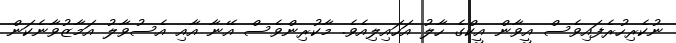
ނުކެރިހުރެފައިވެސް އީވާން އީކްގެ ހާލު އަހައިލިއެވެ. މާކުރިންވެސް އޭނާ އާއި އެސުވާލު އަމާޒުވާނެކަން